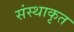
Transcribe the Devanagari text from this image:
संस्थाकृत